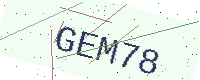
Text: GEM78